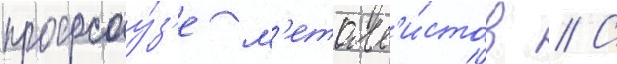
профсоу́з'е м'еталл'и́стов // С